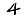
Digit: 4